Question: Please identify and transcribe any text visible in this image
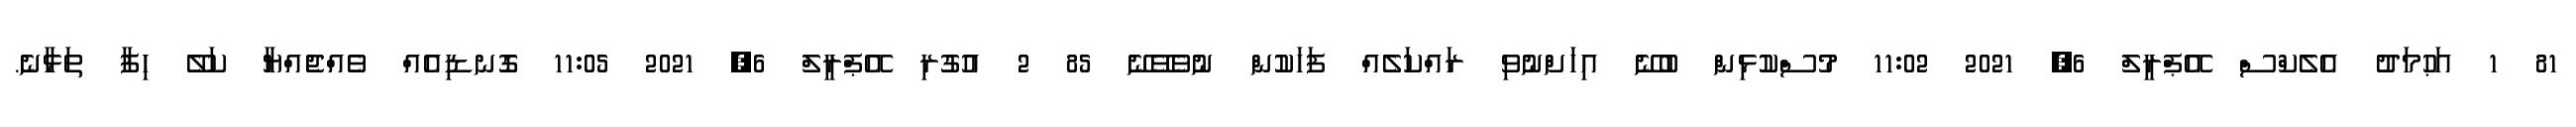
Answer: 81 1 އަޙުމަދު އެލެކްސް އޭޕްރީލް 6, 2021 11:02 މުސްކުޅިން ބުނޭ އިހަށްނުވި ރައްކަލެއް ފަހަކުން ނުވެވޭނޭ 85 2 އުގުރި އޭޕްރީލް 6, 2021 11:05 ގޮނޑިއެއް ވެއްޖެއްޔާ ކަލޭ ހިފާ ތަޅާނެ.